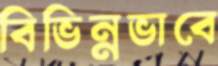
বিভিন্নভাবে